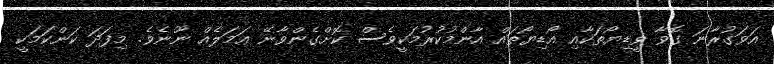
އަވަގުރާނަ ގޮވާ ވީޑިޔޯތަކާއި އޯޑިޔޯތައް އާންމުކުރުމަކީވެސް ކޮށްގެންވާނޭ ޢަމަލެއް ނޫނެވެ. މިފަދަ ކަންކަމަކީ